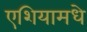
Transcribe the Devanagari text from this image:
एशियामधे